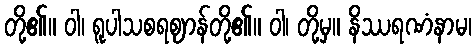
တို့၏။ ဝါ၊ ရူပါသစရဈာန်တို့၏။ ဝါ၊ တို့မှ။ နိဿရဏံနာမ၊